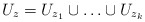
\begin{align*}U_{z}=U_{z_{1}}\cup \ldots \cup U_{z_{k}}\end{align*}